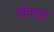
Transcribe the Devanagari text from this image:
खेतापुर